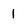
Character: 1